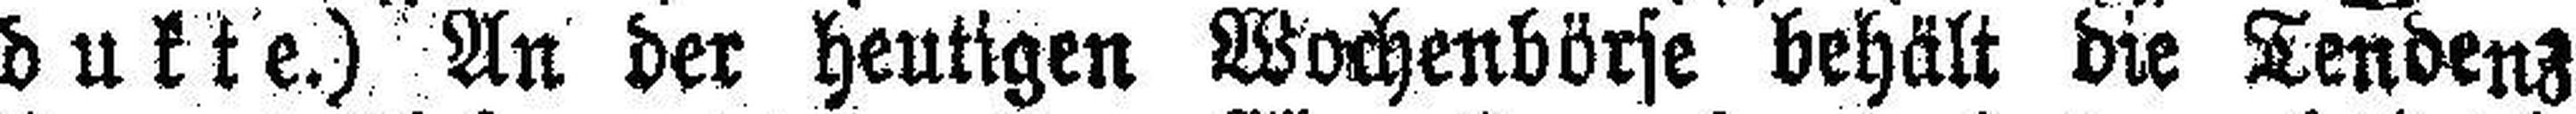
dukte.) An der heutigen Wochenbörse behält die Tendenz